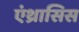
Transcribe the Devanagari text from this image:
एंथ्रासिस